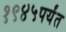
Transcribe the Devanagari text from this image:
१९४५पर्यंत